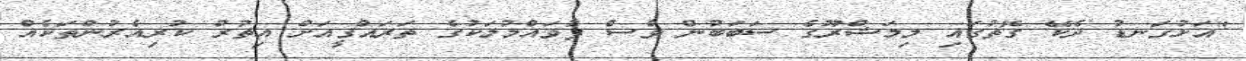
"އަޅުގަނޑު ދެކޭ ގޮތުގައި މިމަޝްރޫގެ ސަބަބުން ވެސް ފުވައްމުލަކުގެ ތަރައްގީއަށް އިތުރު ކުރިއެރުންތަކެއް